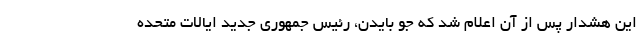
این هشدار پس از آن اعلام شد که جو بایدن، رئیس جمهوری جدید ایالات متحده